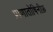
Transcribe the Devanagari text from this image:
प्राणातोषिनीफ़